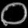
Digit: ၀